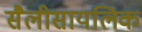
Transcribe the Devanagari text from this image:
सैलीसायलिक